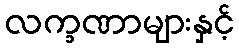
လက္ခဏာများနှင့်